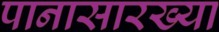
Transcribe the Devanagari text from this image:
पानासारख्या